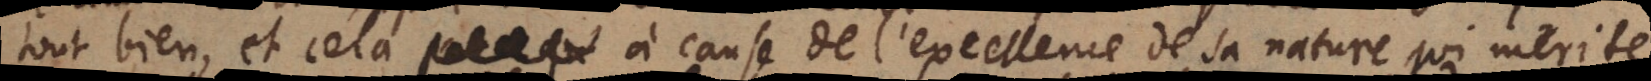
du bien, et cela à cause de l’excellence de sa nature, qui merite